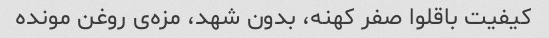
کیفیت باقلوا صفر کهنه، بدون شهد، مزه‌ی روغن مونده